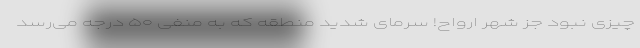
چیزی نبود جز شهر ارواح! سرمای شدید منطقه که به منفی ۵۰ درجه می‌رسد